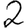
Digit: 2